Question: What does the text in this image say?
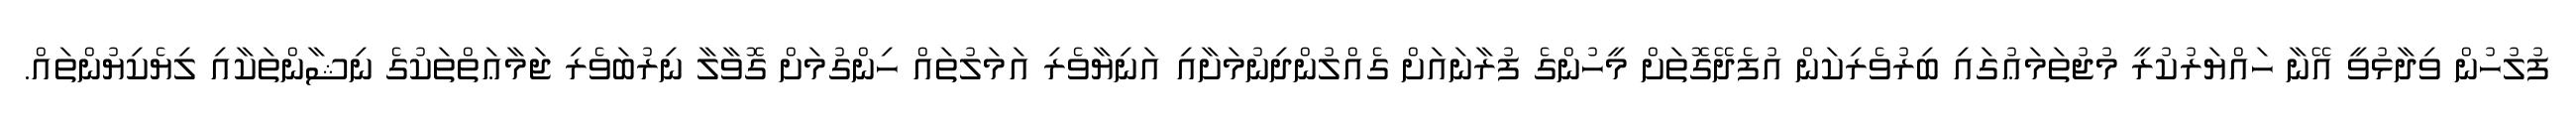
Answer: ފުލުހުން ވިދާޅުވީ އޭނާ ހައްޔަރުކުރީ މުޖުތަމަޢުގައި ބިރުވެރިކަން އުފެދޭގޮތަށް މީހުންގެ ފުރާނައަށް ގެއްލުންދިނުމަށާއި އަނިޔާވެރި އަމަލުތައް ހިންގުމަށް ގޮވާލާ ނިރުބަވެރި ޖަމާޢަތްތަކުގެ ނިޝާންތަކާއި ލިޔެކިޔުންތައް.